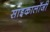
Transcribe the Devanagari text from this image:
साइकालॉजी